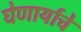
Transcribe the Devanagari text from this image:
घेणार्याचे